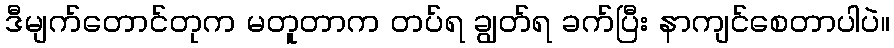
ဒီမျက်တောင်တုက မတူတာက တပ်ရ ချွတ်ရ ခက်ပြီး နာကျင်စေတာပါပဲ။